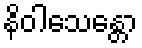
နိဝါသေန္တော